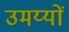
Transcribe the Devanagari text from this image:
उमय्यों